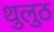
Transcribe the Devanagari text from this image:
थुलुठ